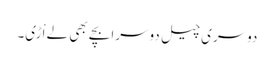
دوسری چیل دوسرا بچے بھی لے اْڑی۔